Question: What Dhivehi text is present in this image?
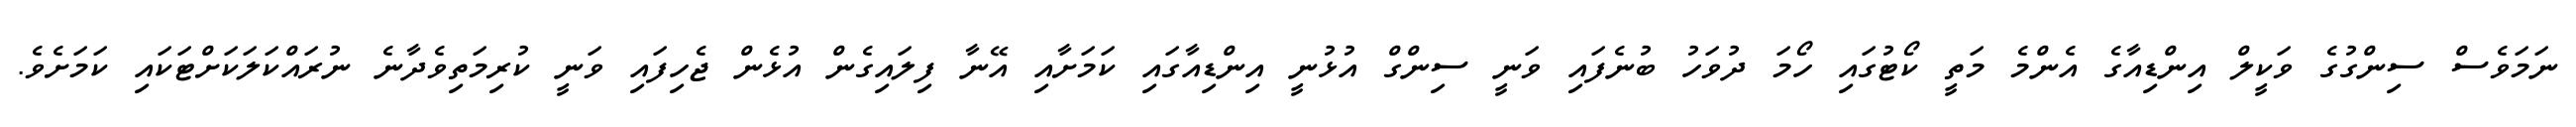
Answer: ނަމަވެސް ސިންގުގެ ވަކީލް އިންޑިއާގެ އެންމެ މަތީ ކޯޓުގައި ހޯމަ ދުވަހު ބުނެފައި ވަނީ ސިންގް އުޅުނީ އިންޑިއާގައި ކަމަށާއި އޭނާ ފިލައިގެން އުޅެން ޖެހިފައި ވަނީ ކުރިމަތިވެދާނެ ނުރައްކަލަކަށްޓަކައި ކަމަށެވެ.